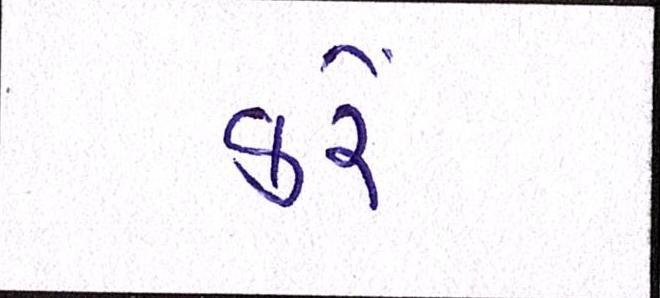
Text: કરેં